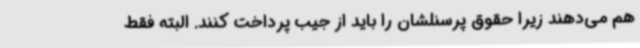
هم می‌دهند زیرا حقوق پرسنلشان را باید از جیب پرداخت کنند. البته فقط